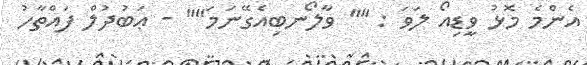
އެންމެ މޮޅު ވީޑިއޯ ލަވަ : "" ވާލޯނބިއެގޭނަމަ"" - ޢަބުދުލް ފައްތާހު